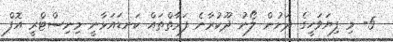
5- މި ފިޔަވަހީގެ ދަށުން ލޯނު ދޫކުރާނެ ފަރާތްތައް ކަނޑައަޅާނީ މިނިސްޓްރީ އޮފް